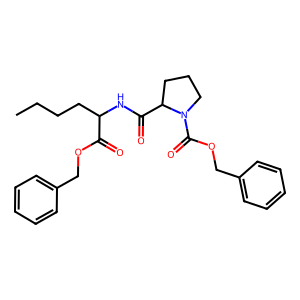
SMILES: CCCCC(NC(=O)C1CCCN1C(=O)OCc1ccccc1)C(=O)OCc1ccccc1
Inhibits HIV replication: No